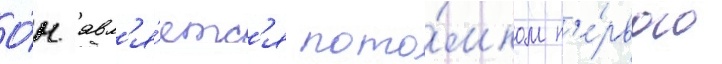
О́н явл'я́етс'я пото́мком п'е́рвого